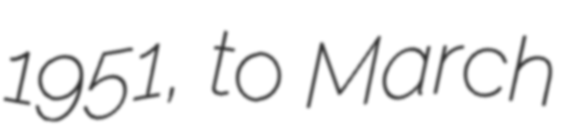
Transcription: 1951, to March